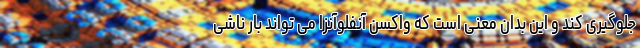
جلوگیری کند و این بدان معنی است که واکسن آنفلوآنزا می تواند بار ناشی